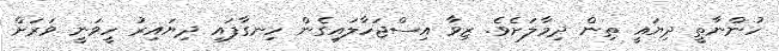
ހުންނާތީ ދިޔައީ ތިން ދިމާލަށެވެ. ޒިވާ އިސްޖަހާލައިގެން ހިނގާފައި ދިޔައިރު ހީވަނީ ވަރަށް